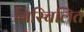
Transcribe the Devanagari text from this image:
निस्चिलित